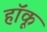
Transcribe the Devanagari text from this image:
हॉकू